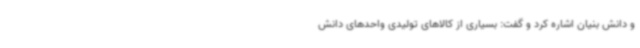
و دانش بنیان اشاره کرد و گفت: بسیاری از کالاهای تولیدی واحدهای دانش